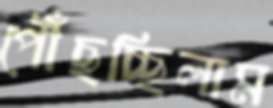
পৌঁছচ্ছিলাম